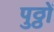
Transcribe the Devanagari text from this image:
पुठ्ठों